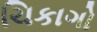
ચિકાગો